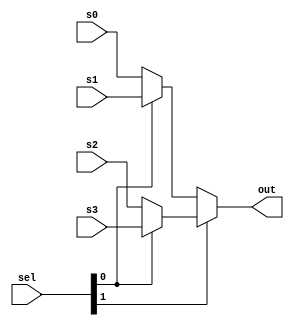
module Mux4to1 #(
    parameter size = 32
) 
(
    input [1:0] sel,
    input signed [size-1:0] s0,
    input signed [size-1:0] s1,
    input signed [size-1:0] s2,
    input signed [size-1:0] s3,
    output signed [size-1:0] out
);
    // done
    assign out = sel[1] ? (sel[0] ? s3 : s2) : (sel[0] ? s1 : s0);
endmodule